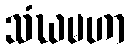
သံဃမဟာ